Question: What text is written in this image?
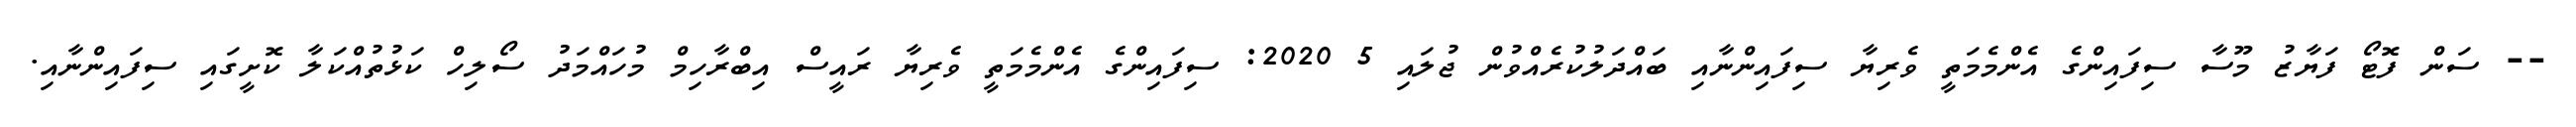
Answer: -- ސަން ފޮޓޯ ފަޔާޒު މޫސާ ސިފައިންގެ އެންމެމަތީ ވެރިޔާ ސިފައިންނާއި ބައްދަލުކުރެއްވުން ޖުލައި 5 2020: ސިފައިންގެ އެންމެމަތީ ވެރިޔާ ރައީސް އިބްރާހިމް މުހައްމަދު ސޯލިހް ކަޅުތުއްކަލާ ކޮށީގައި ސިފައިންނާއި.